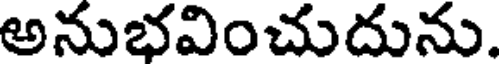
అనుభవించుదును.